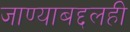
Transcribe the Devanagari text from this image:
जाण्याबद्दलही